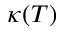
\kappa ( T )